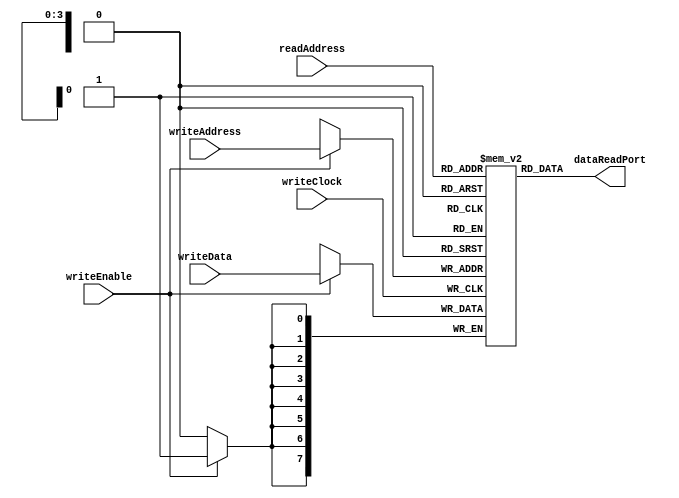
module uartFifoMemory ( input wire         writeClock,
                                           writeEnable,
                        input wire [3:0]   writeAddress,
                        input wire [3:0]   readAddress,
                        input wire [7:0]   writeData,
                        output wire [7:0]  dataReadPort );

  reg [7:0] s_memory [15:0];
  
  assign dataReadPort  = s_memory[readAddress];
  
  always @(posedge writeClock)
    if (writeEnable == 1'b1) s_memory[writeAddress] <= writeData;
endmodule